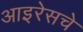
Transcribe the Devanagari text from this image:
आइरेसचे